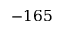
- 1 6 5